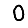
Digit: 0